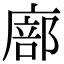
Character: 廍